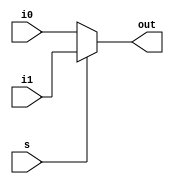
module  mux (out, s, i1, i0);

output out;
input s, i1, i0;

assign out = (s) ? i1 : i0;

endmodule